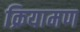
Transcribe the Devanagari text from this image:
क्रियामण